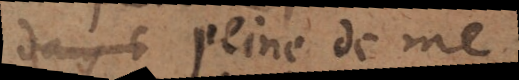
la peine de me